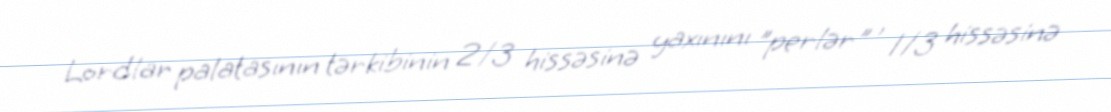
Lordlar palatasının tərkibinin 2/3 hissəsinə yaxınını "perlər" , 1/3 hissəsinə